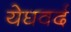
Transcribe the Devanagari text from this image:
येघवर्द